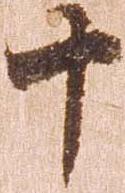
十